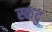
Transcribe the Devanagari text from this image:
स्कंदु